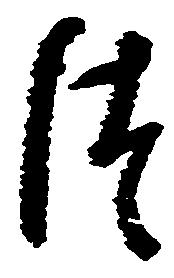
つ